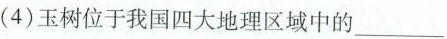
(4)玉树位于我国四大地理区域中的___